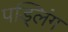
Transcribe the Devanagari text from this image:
पड्लिंग